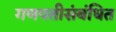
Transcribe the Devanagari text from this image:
गणपतीसंबंधित